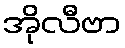
အိုလီဗာ